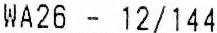
WA26 - 12/144